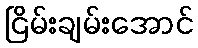
ငြိမ်းချမ်းအောင်